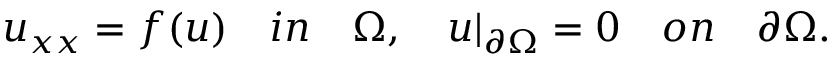
u _ { x x } = f ( u ) \quad i n \quad \Omega , \quad u | _ { \partial { \Omega } } = 0 \quad o n \quad \partial \Omega .